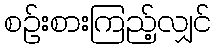
စဉ်းစားကြည့်လျှင်